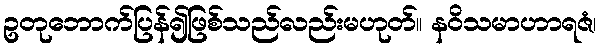
ဥတုဘောက်ပြန်၍ဖြစ်သည်လည်းမဟုတ်။ နဝိသမာဟာရဇံ၊